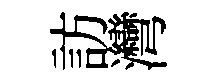
訪灣